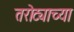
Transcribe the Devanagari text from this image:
तरोट्याच्या